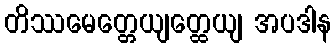
တိဿမေတ္တေယျတ္ထေယျ အပဒါန